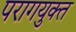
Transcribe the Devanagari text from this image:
परागयुक्त